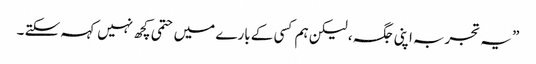
” یہ تجربہ اپنی جگہ ، لیکن ہم کسی کے بارے میں حتمی کچھ نہیں کہہ سکتے ۔